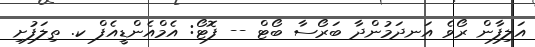
އަލިފާން ރޯވެ އަނދަމުންދާ ބަރޯސާ ބޯޓް -- ފޮޓޯ: އެމްއެންޑީއެފް ކ. ތިލަފުށި